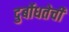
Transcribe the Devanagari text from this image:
दुर्बोधतेची